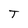
Character: T